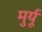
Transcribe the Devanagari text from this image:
मुर्यू